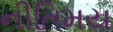
નીતિમય